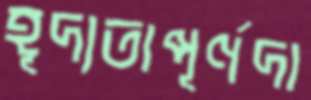
হূদ্যতাপূর্ণদা